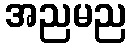
အညမည